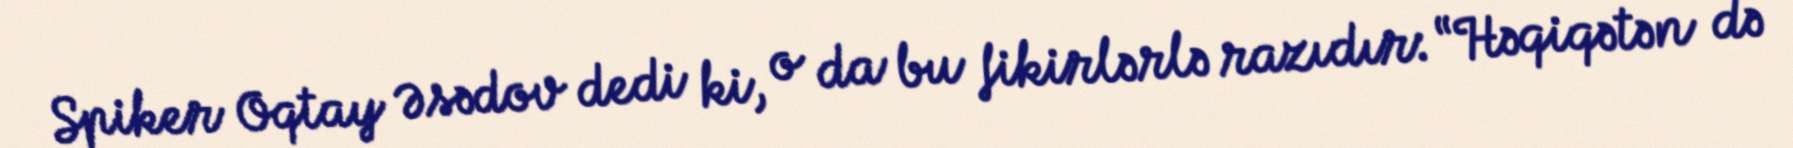
Spiker Oqtay Əsədov dedi ki, o da bu fikirlərlə razıdır: “Həqiqətən də